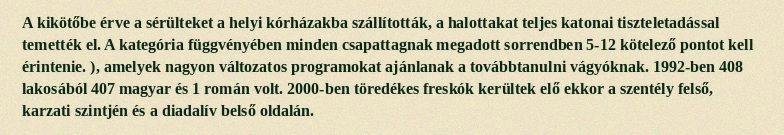
A kikötőbe érve a sérülteket a helyi kórházakba szállították, a halottakat teljes katonai tiszteletadással temették el. A kategória függvényében minden csapattagnak megadott sorrendben 5-12 kötelező pontot kell érintenie. ), amelyek nagyon változatos programokat ajánlanak a továbbtanulni vágyóknak. 1992-ben 408 lakosából 407 magyar és 1 román volt. 2000-ben töredékes freskók kerültek elő ekkor a szentély felső, karzati szintjén és a diadalív belső oldalán.